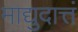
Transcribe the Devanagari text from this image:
माद्युदात्तं